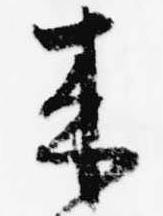
来